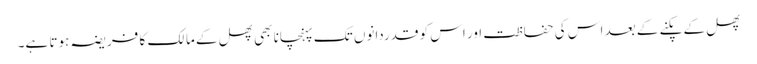
پھل کے پکنے کے بعد اس کی حفاظت اور اس کو قدردانوں تک پہنچانا بھی پھل کے مالک کا فریضہ ہوتا ہے۔